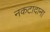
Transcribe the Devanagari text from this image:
नकटादाना